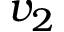
v _ { 2 }